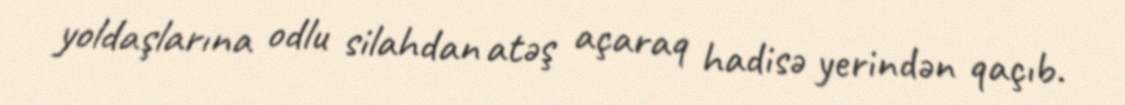
yoldaşlarına odlu silahdan atəş açaraq hadisə yerindən qaçıb.